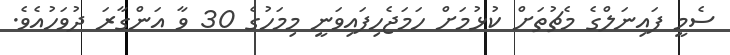
ސެމީ ފައިނަލްގެ މެޗުތަށް ކުޅުމަށް ހަމަޖެހިފައިވަނީ މިމަހުގެ 30 ވާ އަންގާރަ ދުވަހުއެވެ.